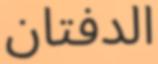
الدفتان